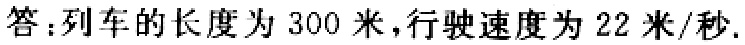
答：列车的长度为 300 米，行驶速度为 22 米/秒.